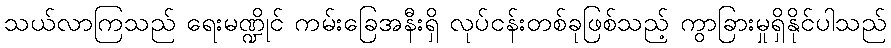
သယ်လာကြသည် ရေးမဏ္ဍိုင် ကမ်းခြေအနီးရှိ လုပ်ငန်းတစ်ခုဖြစ်သည့် ကွာခြားမှုရှိနိုင်ပါသည်